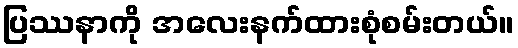
ပြဿနာကို အလေးနက်ထားစုံစမ်းတယ်။